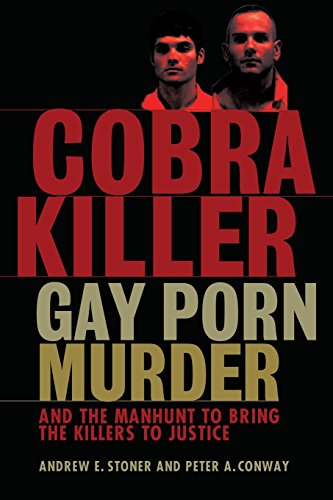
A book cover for Cobra Killer: Gay Porn, Murder, and the Manhunt to Bring the Killers to Justice; Peter A. Conway; Gay & Lesbian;